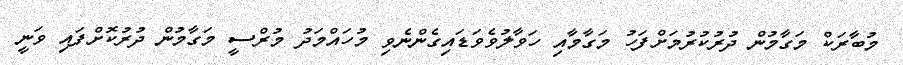
މުބާރަކް މަގާމުން ދުރުކުރުމަށްފަހު މަގާމާއި ހަވާލުވެވަޑައިގެންނެވި މުހައްމަދު މުރްސީ މަގާމުން ދުރުކޮށްފައި ވަނީ